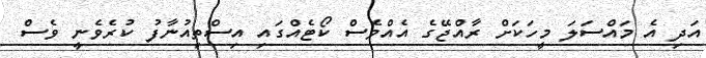
އަދި އެ މައްސަލަ މީހަކަށް ރާއްޖޭގެ އެއްވެސް ކޯޓެއްގައި އިސްތިއުނާފު ކުރެވެނީ ވެސް